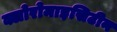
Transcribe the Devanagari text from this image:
क्लोरोमाइसिटीन